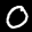
Label: 0